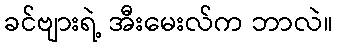
ခင်ဗျားရဲ့ အီးမေးလ်က ဘာလဲ။